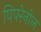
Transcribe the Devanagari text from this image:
पिपरेनोल